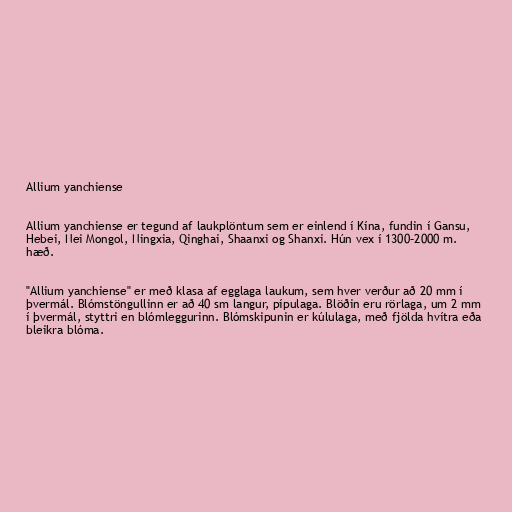
Allium yanchiense

Allium yanchiense er tegund af laukplöntum sem er einlend í Kína, fundin í Gansu,
Hebei, Nei Mongol, Ningxia, Qinghai, Shaanxi og Shanxi. Hún vex í 1300–2000 m.
hæð.

"Allium yanchiense" er með klasa af egglaga laukum, sem hver verður að 20 mm í
þvermál. Blómstöngullinn er að 40 sm langur, pípulaga. Blöðin eru rörlaga, um 2 mm
í þvermál, styttri en blómleggurinn. Blómskipunin er kúlulaga, með fjölda hvítra eða
bleikra blóma.